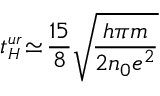
t _ { { \scriptscriptstyle H } } ^ { { \scriptscriptstyle u r } } \! \simeq \! \frac { 1 5 } { 8 } \sqrt { \! \frac { h \pi m } { 2 n _ { 0 } e ^ { 2 } } }